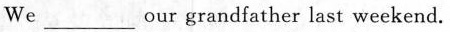
We \underline our grandfather last weekend.